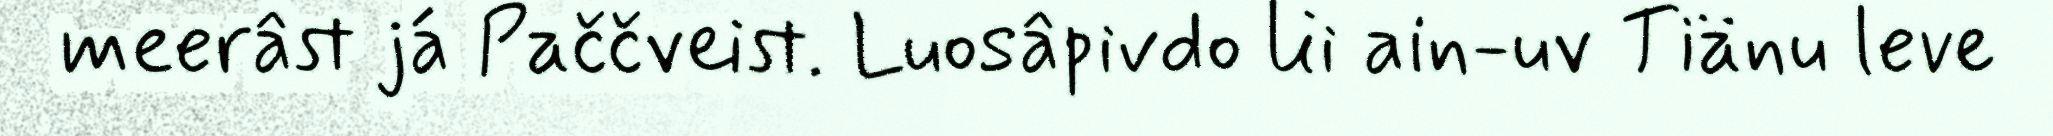
meerâst já Paččveist. Luosâpivdo lii ain-uv Tiänu leve